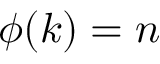
\phi ( k ) = n